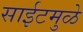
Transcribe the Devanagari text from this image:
साईटमुळे